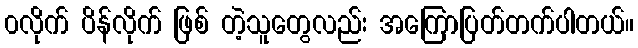
၀လိုက် ပိန်လိုက် ဖြစ် တဲ့သူတွေလည်း အကြောပြတ်တက်ပါတယ်။